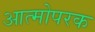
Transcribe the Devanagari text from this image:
आत्मोपरक